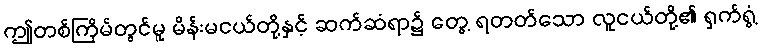
ဤတစ်ကြိမ်တွင်မူ မိန်းမငယ်တို့နှင့် ဆက်ဆံရာ၌ တွေ့ ရတတ်သော လူငယ်တို့၏ ရှက်ရွံ့